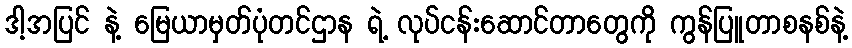
ဒါ့အပြင် နဲ့ မြေယာမှတ်ပုံတင်ဌာန ရဲ့ လုပ်ငန်းဆောင်တာတွေကို ကွန်ပြူတာစနစ်နဲ့